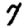
Digit: 7